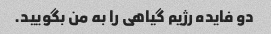
دو فایده رژیم گیاهی را به من بگویید.